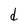
Character: d